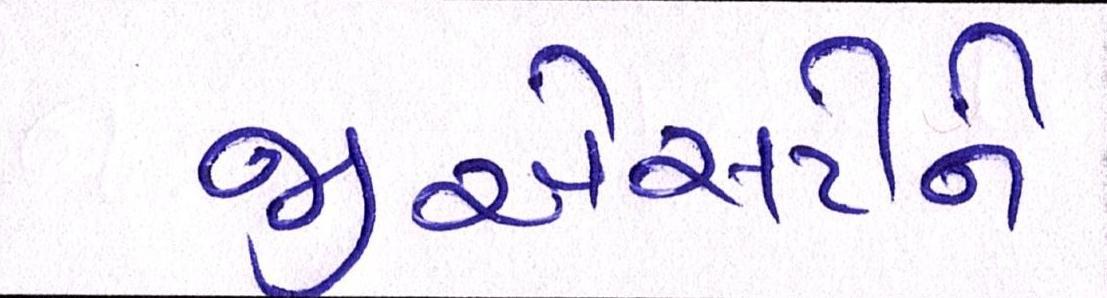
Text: જીએસટીને